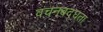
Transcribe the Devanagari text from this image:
वचनबद्घता